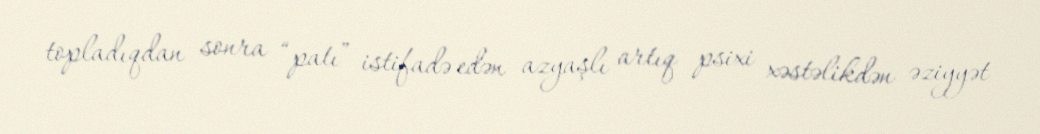
topladıqdan sonra “patı” istifadə edən azyaşlı artıq psixi xəstəlikdən əziyyət